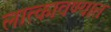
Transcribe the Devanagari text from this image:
लात्कावण्यात